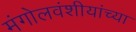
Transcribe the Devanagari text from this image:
मंगोलवंशीयांच्या